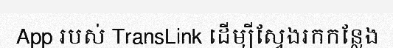
App របស់ TransLink ដើម្បីស្វែងរកកន្លែង